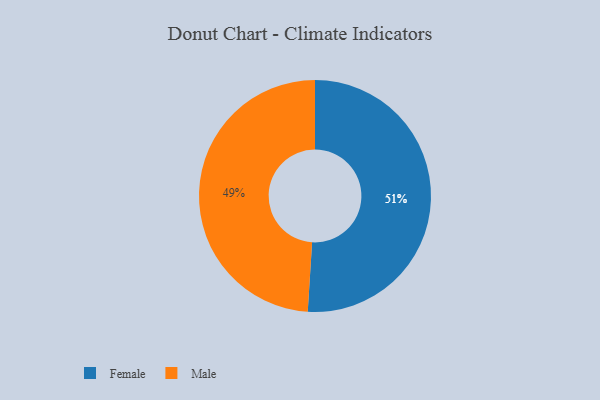
{"axis": {"x": "Category", "y": "Percentage"}, "legend": ["Female", "Male"], "data": [{"x": "Female", "y": 51, "type": "Female"}, {"x": "Male", "y": 49, "type": "Male"}]}